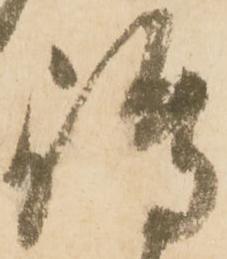
嶋